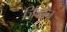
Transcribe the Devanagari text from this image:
जिमाॅन